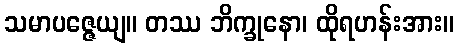
သမာပဇ္ဇေယျ။ တဿ ဘိက္ခုနော၊ ထိုရဟန်းအား။